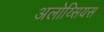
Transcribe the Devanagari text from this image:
अलोय्सियस